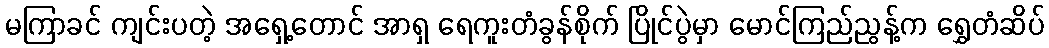
မကြာခင် ကျင်းပတဲ့ အရှေ့တောင် အာရှ ရေကူးတံခွန်စိုက် ပြိုင်ပွဲမှာ မောင်ကြည်ညွန့်က ရွှေတံဆိပ်